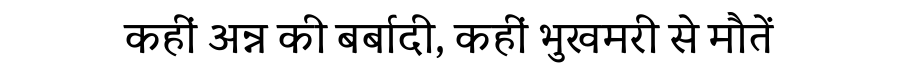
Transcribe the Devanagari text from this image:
कहीं अन्न की बर्बादी, कहीं भुखमरी से मौतें